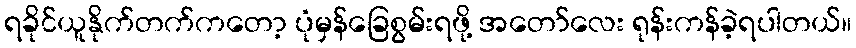
ရခိုင်ယူနိုက်တက်ကတော့ ပုံမှန်ခြေစွမ်းရဖို့ အတော်လေး ရုန်းကန်ခဲ့ရပါတယ်။